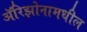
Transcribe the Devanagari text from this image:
ॲरिझोनामधील